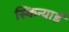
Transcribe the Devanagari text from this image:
स्किन्यार्ड